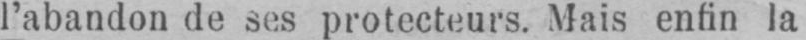
l’abandon de ses protecteurs. Mais enfin la